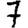
Digit: 7